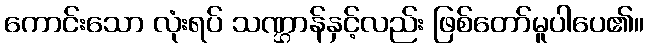
ကောင်းသော လုံးရပ် သဏ္ဌာန်နှင့်လည်း ဖြစ်တော်မူပါပေ၏။